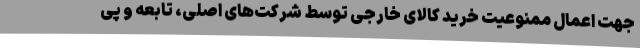
جهت اعمال ممنوعیت خرید کالای خارجی توسط شرکت‌های اصلی، تابعه و پی